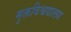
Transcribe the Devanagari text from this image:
मुक्तविश्वद्यालय